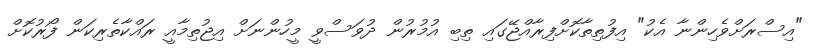
"އިސްރަށްވެހިންނާ އެކު" އިފުތިތާކޮށްފިރާއްޖޭގައި ތިބި އުމުރުން ދުވަސްވީ މީހުންނަށް އިޖުތިމާއީ ރައްކާތެރިކަން ފޯރުކޮށް